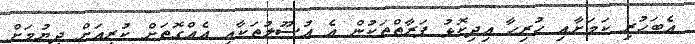
އެބަހުރި ކަމަށާއި ހުރިހާ އިދިކޮޅު ފަރާތްތަކުން އެ އުސޫލުތަކާއި އެއްގޮތަށް ކުރިއަށް ދިޔުމަށް